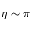
\eta \sim \pi